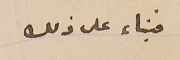
فبناء على ذلك